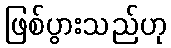
ဖြစ်ပွားသည်ဟု